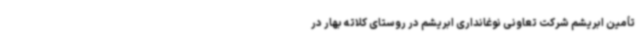
تأمین ابریشم شرکت تعاونی نوغانداری ابریشم در روستای کلاته بهار در